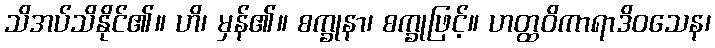
သိအပ်သိနိုင်၏။ ဟိ၊ မှန်၏။ စက္ခုနာ၊ စက္ခုဖြင့်။ ဟတ္ထဝိကာရာဒိဝသေန၊